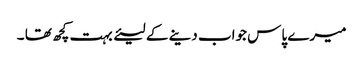
میرے پاس جواب دینے کے لیئے بہت کچھ تھا ۔